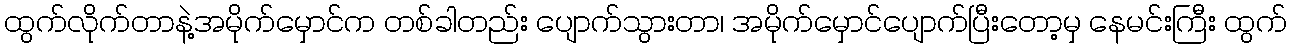
ထွက်လိုက်တာနဲ့အမိုက်မှောင်က တစ်ခါတည်း ပျောက်သွားတာ၊ အမိုက်မှောင်ပျောက်ပြီးတော့မှ နေမင်းကြီး ထွက်